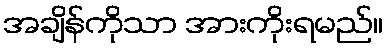
အချိန်ကိုသာ အားကိုးရမည်။